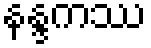
နန္ဒကဿ